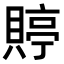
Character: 𧶺